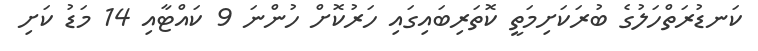
ކަނޑުރަތްހަލުގެ ބުރަކަށިމަތީ ކޮތަރިބައިގައި ހަރުކޮށް ހުންނަ 9 ކައްޓާއި 14 މަޑު ކަށި